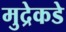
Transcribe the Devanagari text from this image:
मुद्रेकडे